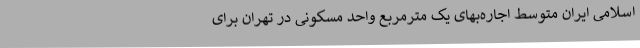
اسلامی ایران متوسط اجاره‌بهای یک مترمربع واحد مسکونی در تهران برای